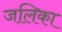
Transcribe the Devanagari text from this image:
जलिका